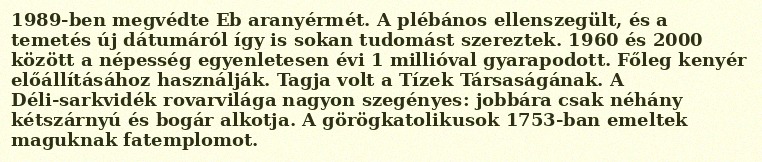
1989-ben megvédte Eb aranyérmét. A plébános ellenszegült, és a temetés új dátumáról így is sokan tudomást szereztek. 1960 és 2000 között a népesség egyenletesen évi 1 millióval gyarapodott. Főleg kenyér előállításához használják. Tagja volt a Tízek Társaságának. A Déli-sarkvidék rovarvilága nagyon szegényes: jobbára csak néhány kétszárnyú és bogár alkotja. A görögkatolikusok 1753-ban emeltek maguknak fatemplomot.